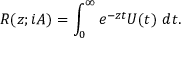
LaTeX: R ( z ; i A ) = \int _ { 0 } ^ { \infty } e ^ { - z t } U ( t ) ~ d t .